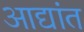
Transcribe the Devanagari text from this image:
आद्यांत